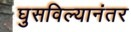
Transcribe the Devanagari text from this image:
घुसविल्यानंतर